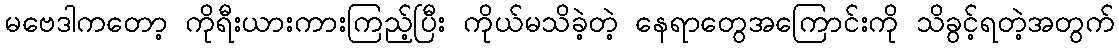
မဗေဒါကတော့ ကိုရီးယားကားကြည့်ပြီး ကိုယ်မသိခဲ့တဲ့ နေရာတွေအကြောင်းကို သိခွင့်ရတဲ့အတွက်